Vaccine operations Central Provinces 1900-1911 - 1900-1911
Year: 1900
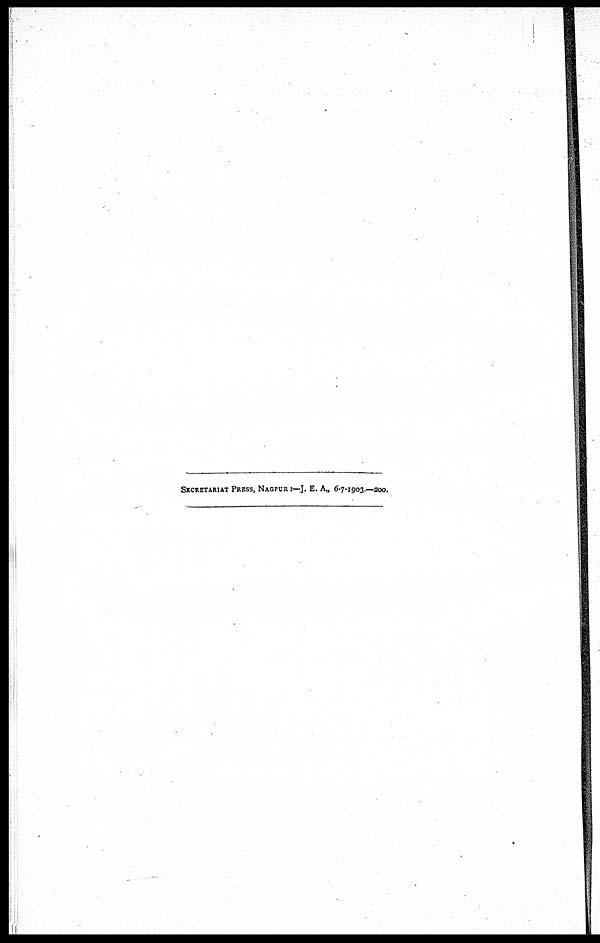
SECRETARIAT PRESS, NAGPUR:— I. E. A„ 6-7-1903.—200.